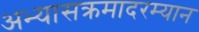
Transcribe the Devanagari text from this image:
अभ्यासक्रमादरम्यान